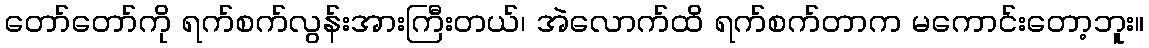
တော်တော်ကို ရက်စက်လွန်းအားကြီးတယ်၊ အဲလောက်ထိ ရက်စက်တာက မကောင်းတော့ဘူး။